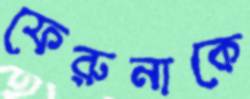
ফেরুনাকে